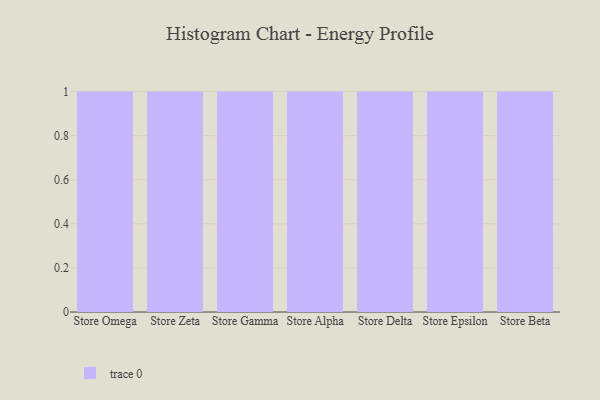
{"axis": {"x": "Store", "y": "Humidity (%)"}, "legend": [""], "data": [{"x": "Store Omega", "y": 50, "type": ""}, {"x": "Store Zeta", "y": 62, "type": ""}, {"x": "Store Gamma", "y": 52, "type": ""}, {"x": "Store Alpha", "y": 54, "type": ""}, {"x": "Store Delta", "y": 61, "type": ""}, {"x": "Store Epsilon", "y": 59, "type": ""}, {"x": "Store Beta", "y": 81, "type": ""}]}